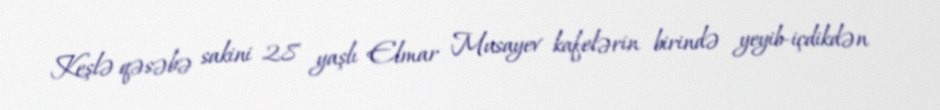
Keşlə qəsəbə sakini 28 yaşlı Elmar Musayev kafelərin birində yeyib-içdikdən